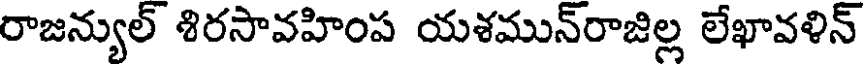
రాజన్యుల్ శిరసావహింప యశమున్రాజిల్ల లేఖావళిన్